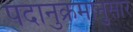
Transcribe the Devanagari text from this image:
पदानुक्रमानुसार